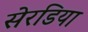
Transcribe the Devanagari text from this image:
सेरडिया